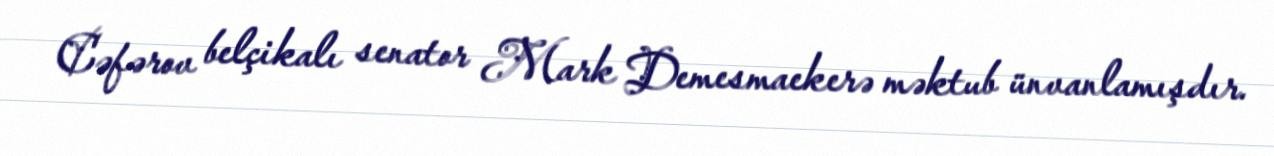
Cəfərov belçikalı senator Mark Demesmaekerə məktub ünvanlamışdır.